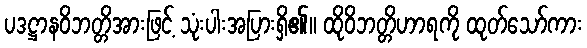
ပဒဋ္ဌာနဝိဘတ္တိအားဖြင့် သုံးပါးအပြားရှိ၏။ ထိုဝိဘတ္တိဟာရကို ထုတ်သော်ကား